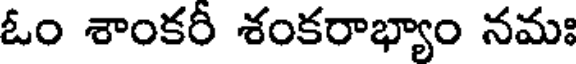
ఓం శాంకరీ శంకరాభ్యాం నమః